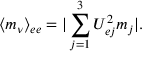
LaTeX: \langle m _ { \nu } \rangle _ { e e } = | \sum _ { j = 1 } ^ { 3 } U _ { e j } ^ { 2 } m _ { j } | .